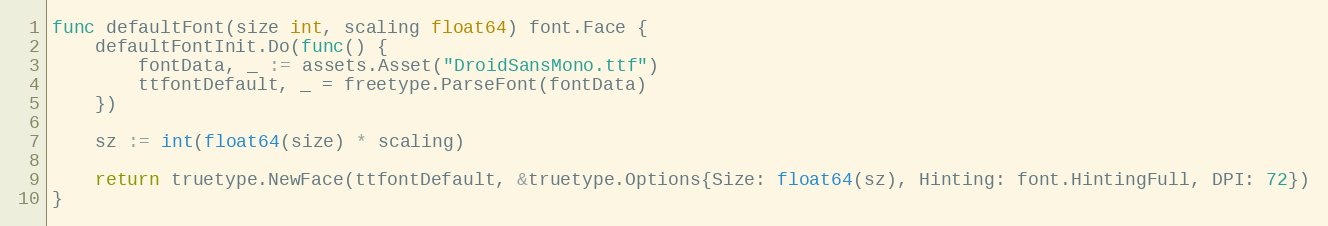
Language: Go
func defaultFont(size int, scaling float64) font.Face {
	defaultFontInit.Do(func() {
		fontData, _ := assets.Asset("DroidSansMono.ttf")
		ttfontDefault, _ = freetype.ParseFont(fontData)
	})

	sz := int(float64(size) * scaling)

	return truetype.NewFace(ttfontDefault, &truetype.Options{Size: float64(sz), Hinting: font.HintingFull, DPI: 72})
}